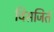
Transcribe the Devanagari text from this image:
विसजिर्त